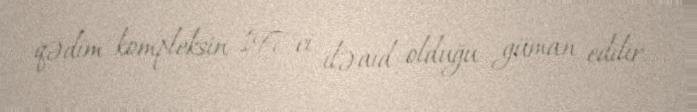
qədim kompleksin 197-ci ilə aid olduğu güman edilir.